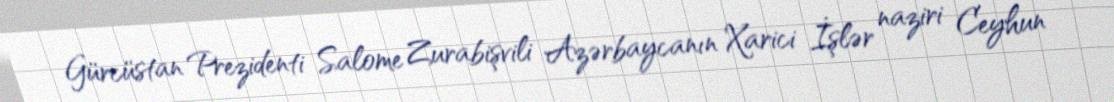
Gürcüstan Prezidenti Salome Zurabişvili Azərbaycanın Xarici İşlər naziri Ceyhun